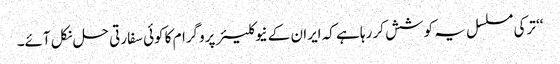
‘‘ ترکی مسلسل یہ کوشش کر رہا ہے کہ ایران کے نیوکلیئر پروگرام کا کوئی سفارتی حل نکل آئے۔